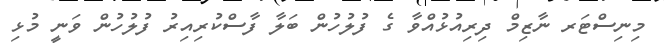
މިނިސްޓަރ ނާޒިމް ދިރިއުޅުއްވާ ގެ ފުލުހުން ބަލާ ފާސްކުރިއިރު ފުލުހުން ވަނީ މުޅި